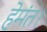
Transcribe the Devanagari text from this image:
हेमंत।